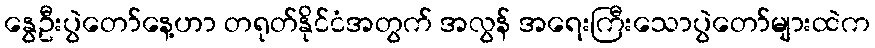
နွေဦးပွဲတော်နေ့ဟာ တရုတ်နိုင်ငံအတွက် အလွန် အရေးကြီးသောပွဲတော်များထဲက